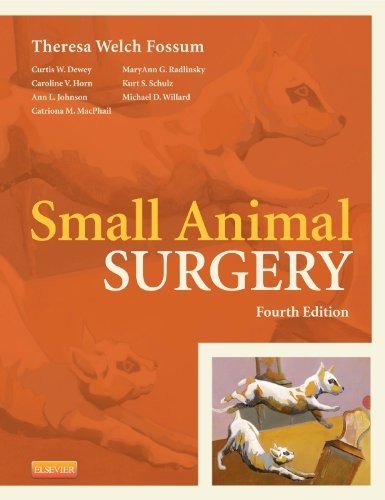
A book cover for Small Animal Surgery, 4e; Theresa Welch Fossum DVM  MS  PhD  Dipl ACVS; Medical Books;